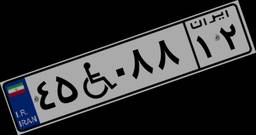
۴۵W۰۸۸۱۲